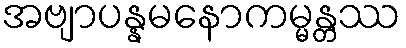
အဗျာပန္နမနောကမ္မန္တဿ